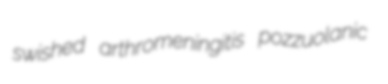
swished arthromeningitis pozzuolanic